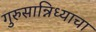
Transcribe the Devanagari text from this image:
गुरुसान्निध्याचा